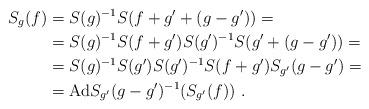
LaTeX: \begin{align*}S_g(f)&=S(g)^{-1}S(f+g'+(g-g'))=\\&=S(g)^{-1}S(f+g')S(g')^{-1}S(g'+(g-g'))=\\&=S(g)^{-1}S(g')S(g')^{-1}S(f+g')S_{g'}(g-g')=\\&=\mathrm{Ad} S_{g'}(g-g')^{-1}(S_{g'}(f))\ .\end{align*}